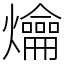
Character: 爚